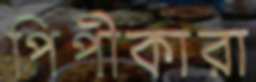
পিপীকারা